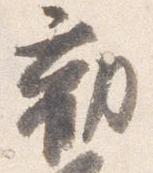
勧